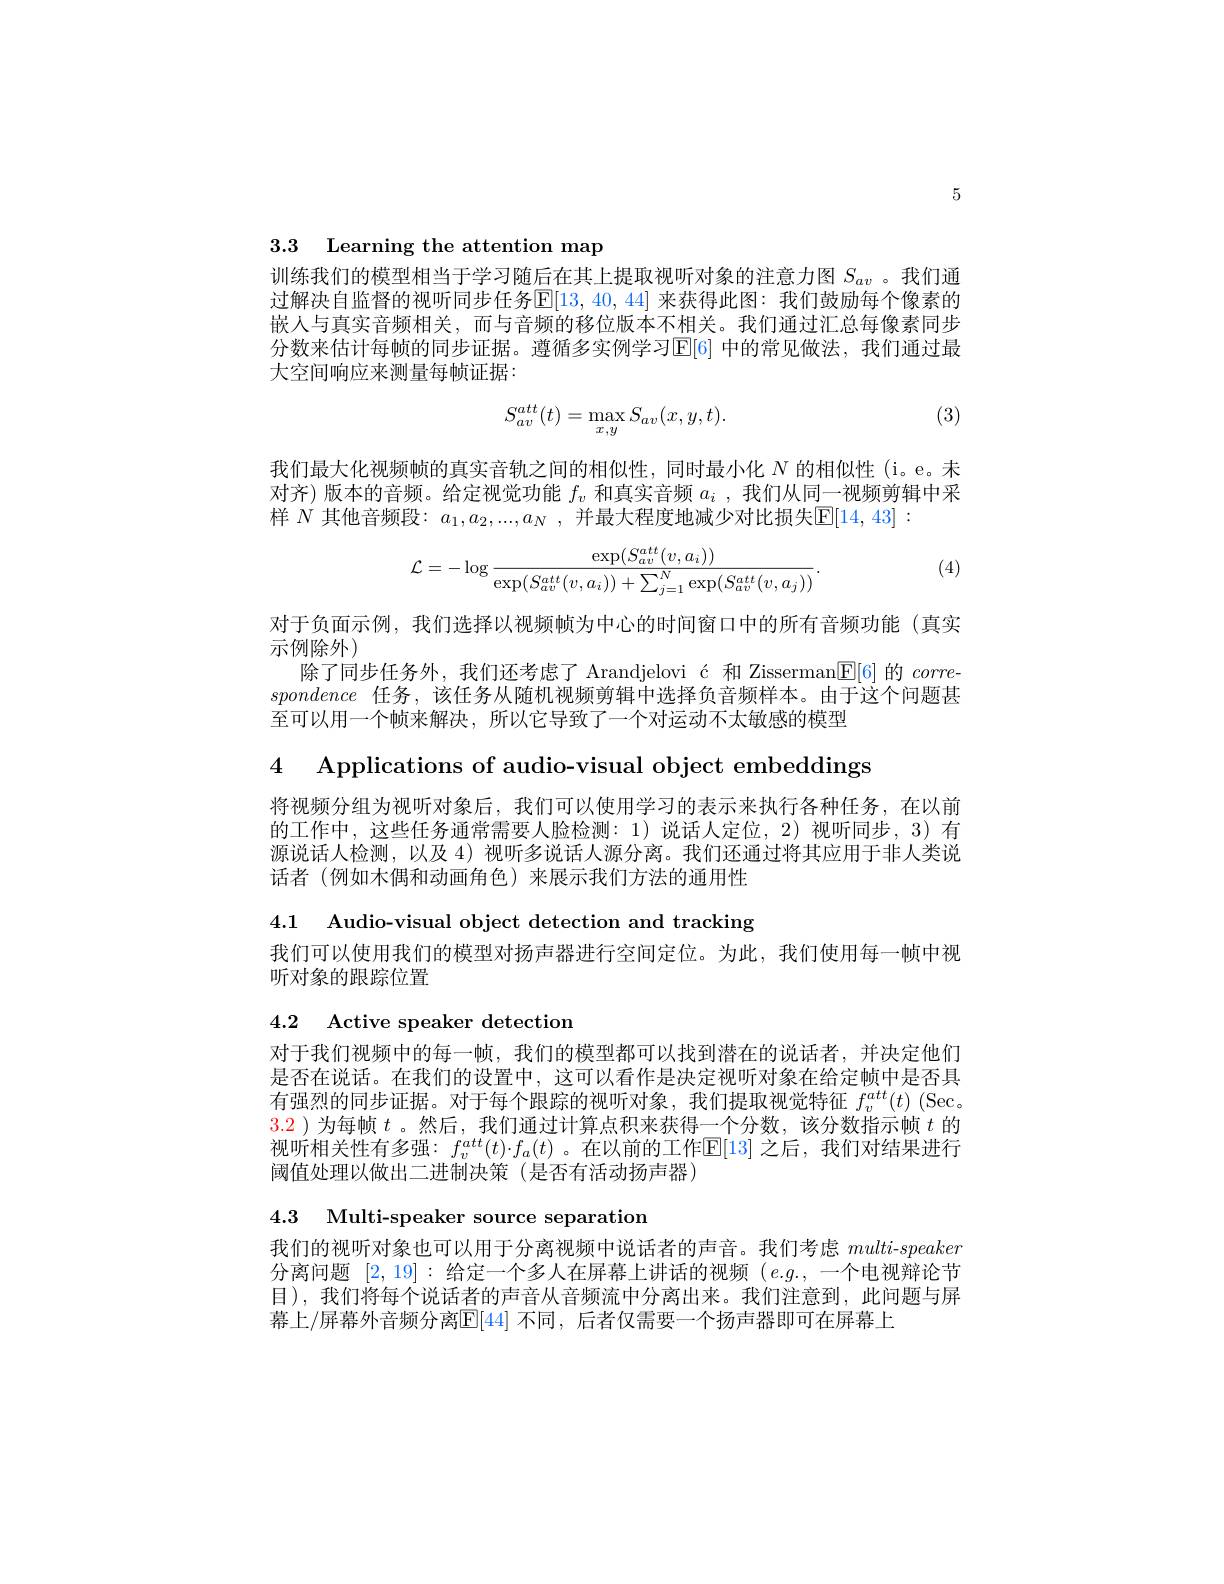
5

3.3 Learning the attention map

训练我们的模型相当于学习随后在其上提取视听对象的注意力图$S_{av}$ 。我们通过解决自监督的视听同步任务$\mathbb{E}[13,40,44]$ 来获得此图：我们鼓励每个像素的嵌人与真实音频相关，而与音频的移位版本不相关。我们通过汇总每像素同步分数来估计每帧的同步证据。遵循多实例学习E[ 6] 中的常见做法，我们通过最大空间响应来测量每帧证据：

(3)
$$S_{av}^{att}(t)=\max_{x,y}S_{av}(x,y,t).$$
我们最大化视频帧的真实音轨之间的相似性，同时最小化$N$的相似性(i。e。未对齐)版本的音频。给定视觉功能$f_v$和真实音频$a_i$ ,我们从同一视频剪辑中采样$N$其他音频段：$a_1,a_2,...,a_N$,并最大程度地减少对比损失$\mathbb{E}[14,43]:$

(4)
$$\mathcal{L}=-\log\frac{\exp(S_{av}^{att}(v,a_i))}{\exp(S_{av}^{att}(v,a_i))+\sum_{j=1}^{N}\exp(S_{av}^{att}(v,a_j))}.$$
对于负面示例，我们选择以视频帧为中心的时间窗口中的所有音频功能(真实
示例除外)
除了同步任务外，我们还考虑了 Arandjelovi ć 和 Zisserman$\boxed{\mathrm{E}}[6]$的 corre spondence任务，该任务从随机视频剪辑中选择负音频样本。由于这个问题甚至可以用一个帧来解决，所以它导致了一个对运动不太敏感的模型

4 Applications of audio-visual object embeddings

将视频分组为视听对象后，我们可以使用学习的表示来执行各种任务，在以前的工作中，这些任务通常需要人脸检测：1)说话人定位，2)视听同步，3)有源说话人检测，以及 4) 视听多说话人源分离。我们还通过将其应用于非人类说话者 (例如木偶和动画角色)来展示我们方法的通用性

4.1 Audio-visual object detection and tracking

我们可以使用我们的模型对扬声器进行空间定位。为此，我们使用每一帧中视
听对象的跟踪位置

4.2 Active speaker detection

对于我们视频中的每一帧，我们的模型都可以找到潜在的说话者，并决定他们是否在说话。在我们的设置中，这可以看作是决定视听对象在给定帧中是否具有强烈的同步证据。对于每个跟踪的视听对象，我们提取视觉特征$f_v^{att}(t)$ (Sec。3.2 )为每帧$t$ 。然后，我们通过计算点积来获得一个分数，该分数指示帧$t$的视听相关性有多强$:f_v^{att}(t)\cdot f_a(t)$。在以前的工作$\mathbb{E}[13]$ 之后，我们对结果进行阈值处理以做出二进制决策(是否有活动扬声器)

4.3 Multi-speaker source separation
我们的视听对象也可以用于分离视频中说话者的声音。我们考虑multi-speaker 分离问题[2,19]:给定一个多人在屏幕上讲话的视频$(e.g.$,一个电视辩论节目),我们将每个说话者的声音从音频流中分离出来。我们注意到，此问题与屏幕上/屏幕外音频分离$\boxed{\mathrm{E}}[44]$ 不同，后者仅需要一个扬声器即可在屏幕上